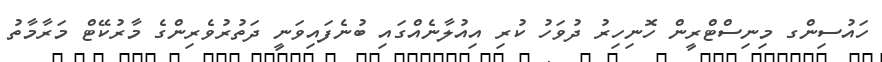
ހައުސިންގ މިނިސްޓްރީން ހޮނިހިރު ދުވަހު ކުރި އިއުލާނެއްގައި ބުނެފައިވަނީ ދަތުރުވެރިންގެ މާރުކޭޓް މަރާމާތު